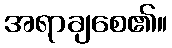
အရာချစေ၏။